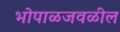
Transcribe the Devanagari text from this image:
भोपाळजवळील